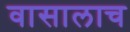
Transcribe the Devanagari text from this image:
वासालाच